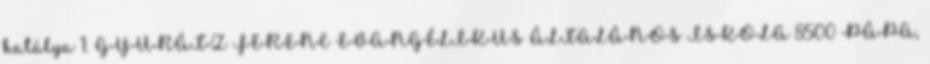
hatálya 1. GYURÁTZ FERENC EVANGÉLIKUS ÁLTALÁNOS ISKOLA 8500 PÁPA,